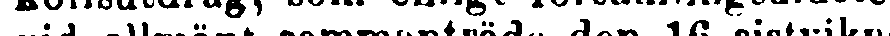
vid allmänt sammanträde den 16 sistvikne